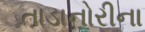
તાડાનોરીના